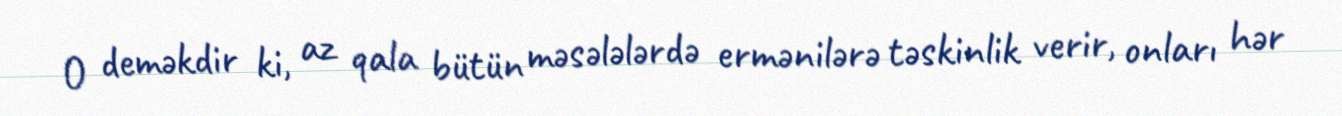
O deməkdir ki, az qala bütün məsələlərdə ermənilərə təskinlik verir, onları hər